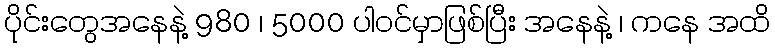
ပိုင်းတွေအနေနဲ့ 980 ၊ 5000 ပါဝင်မှာဖြစ်ပြီး အနေနဲ့ ၊ ကနေ အထိ